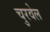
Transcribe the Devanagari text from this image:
चुरवेल